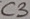
Text: C3